Report on vaccination proceedings throughout the Government of Bengal -
Year: 1868
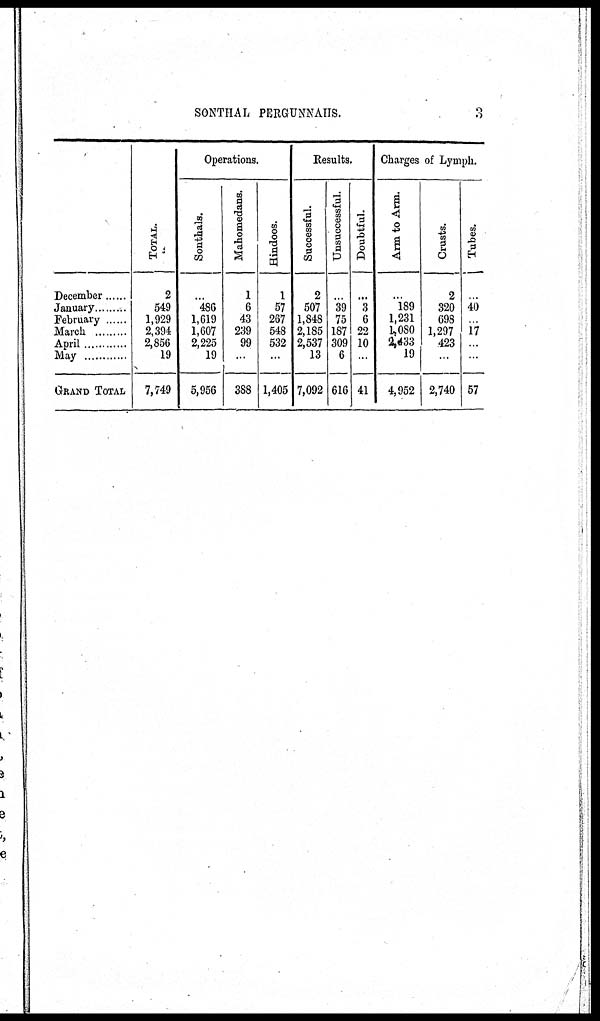
SONTHAL PERGUNNAHS.
3
December...
January...
February ....
March...
April
May...
GRAND TOTAL
TOTAL.
2
549
1,929
2,394
2,856
19
7,749
Operations.
Sonthals.
...
486
1,619
1,607
2,225
19
5,956
Mahomedans.
1
6
43
239
99
...
388
Hindoos.
1
57
267
548
532
...
1,405
Results.
Successful.
2
507
1,848
2,185
2,537
13
7,092
Unsuccessful.
...
39
75
187
309
6
616
Doubtful.
...
3
6
22
10
.
41
Charges of Lymph.
Arm to Arm.
...
189
1,231
1,080
2,433
19
4,952
Crusts.
2
320
698
1,297
423
...
2,740
Tubes.
40
17
..
..
57